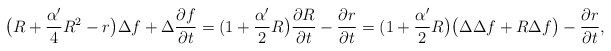
\begin{align*}\big(R+\frac{\alpha'}{4}R^2-r\big)\Delta f+\Delta\frac{\partial f}{\partial t}=(1+\frac{\alpha'}{2}R\big)\frac{\partial R}{\partial t}-\frac{\partial r}{\partial t}=(1+\frac{\alpha'}{2}R\big)\big(\Delta\Delta f+R\Delta f\big)-\frac{\partial r}{\partial t},\end{align*}